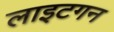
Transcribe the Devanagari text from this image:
लाइटगन